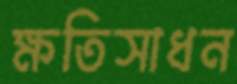
ক্ষতিসাধন